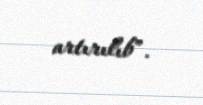
artırılıb”.